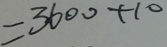
= 3 6 0 0 + 1 0